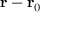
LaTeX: \mathbf { r } - \mathbf { r } _ { 0 }